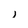
Character: i